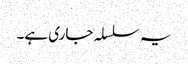
یہ سلسلہ جاری ہے۔